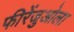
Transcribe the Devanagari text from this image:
फीरेंजुओला